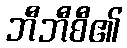
ဘီဘီစီ၏